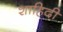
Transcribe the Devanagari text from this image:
शाहिदी